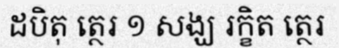
ដបិតុ ត្ថេរ ១ សង្ឃ រក្ខិត ត្ថេរ